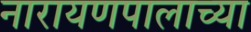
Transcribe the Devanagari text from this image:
नारायणपालाच्या